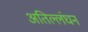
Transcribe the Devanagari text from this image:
अतिल्लंघन